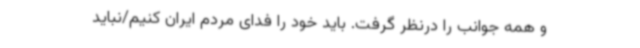
و همه جوانب را درنظر گرفت. باید خود را فدای مردم ایران کنیم/نباید